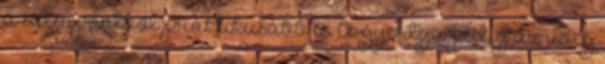
a szempontból praktikusabb is. A gyertya pedig az üveg